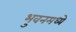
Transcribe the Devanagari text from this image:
भुवनमध्ये